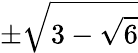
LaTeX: \pm\sqrt{3-\sqrt{6}}